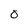
Character: 0